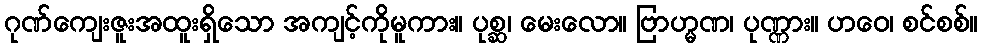
ဂုဏ်ကျေးဇူးအထူးရှိသော အကျင့်ကိုမူကား။ ပုစ္ဆ၊ မေးလော။ ဗြာဟ္မဏ၊ ပုဏ္ဏား။ ဟဝေ၊ စင်စစ်။